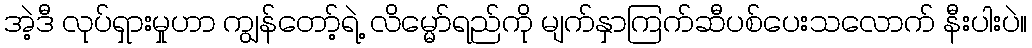
အဲ့ဒီ လုပ်ရှားမှုဟာ ကျွန်တော့်ရဲ့ လိမ္မော်ရည်ကို မျက်နှာကြက်ဆီပစ်ပေးသလောက် နီးပါးပဲ။